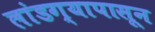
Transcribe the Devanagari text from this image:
लांडग्यापासून